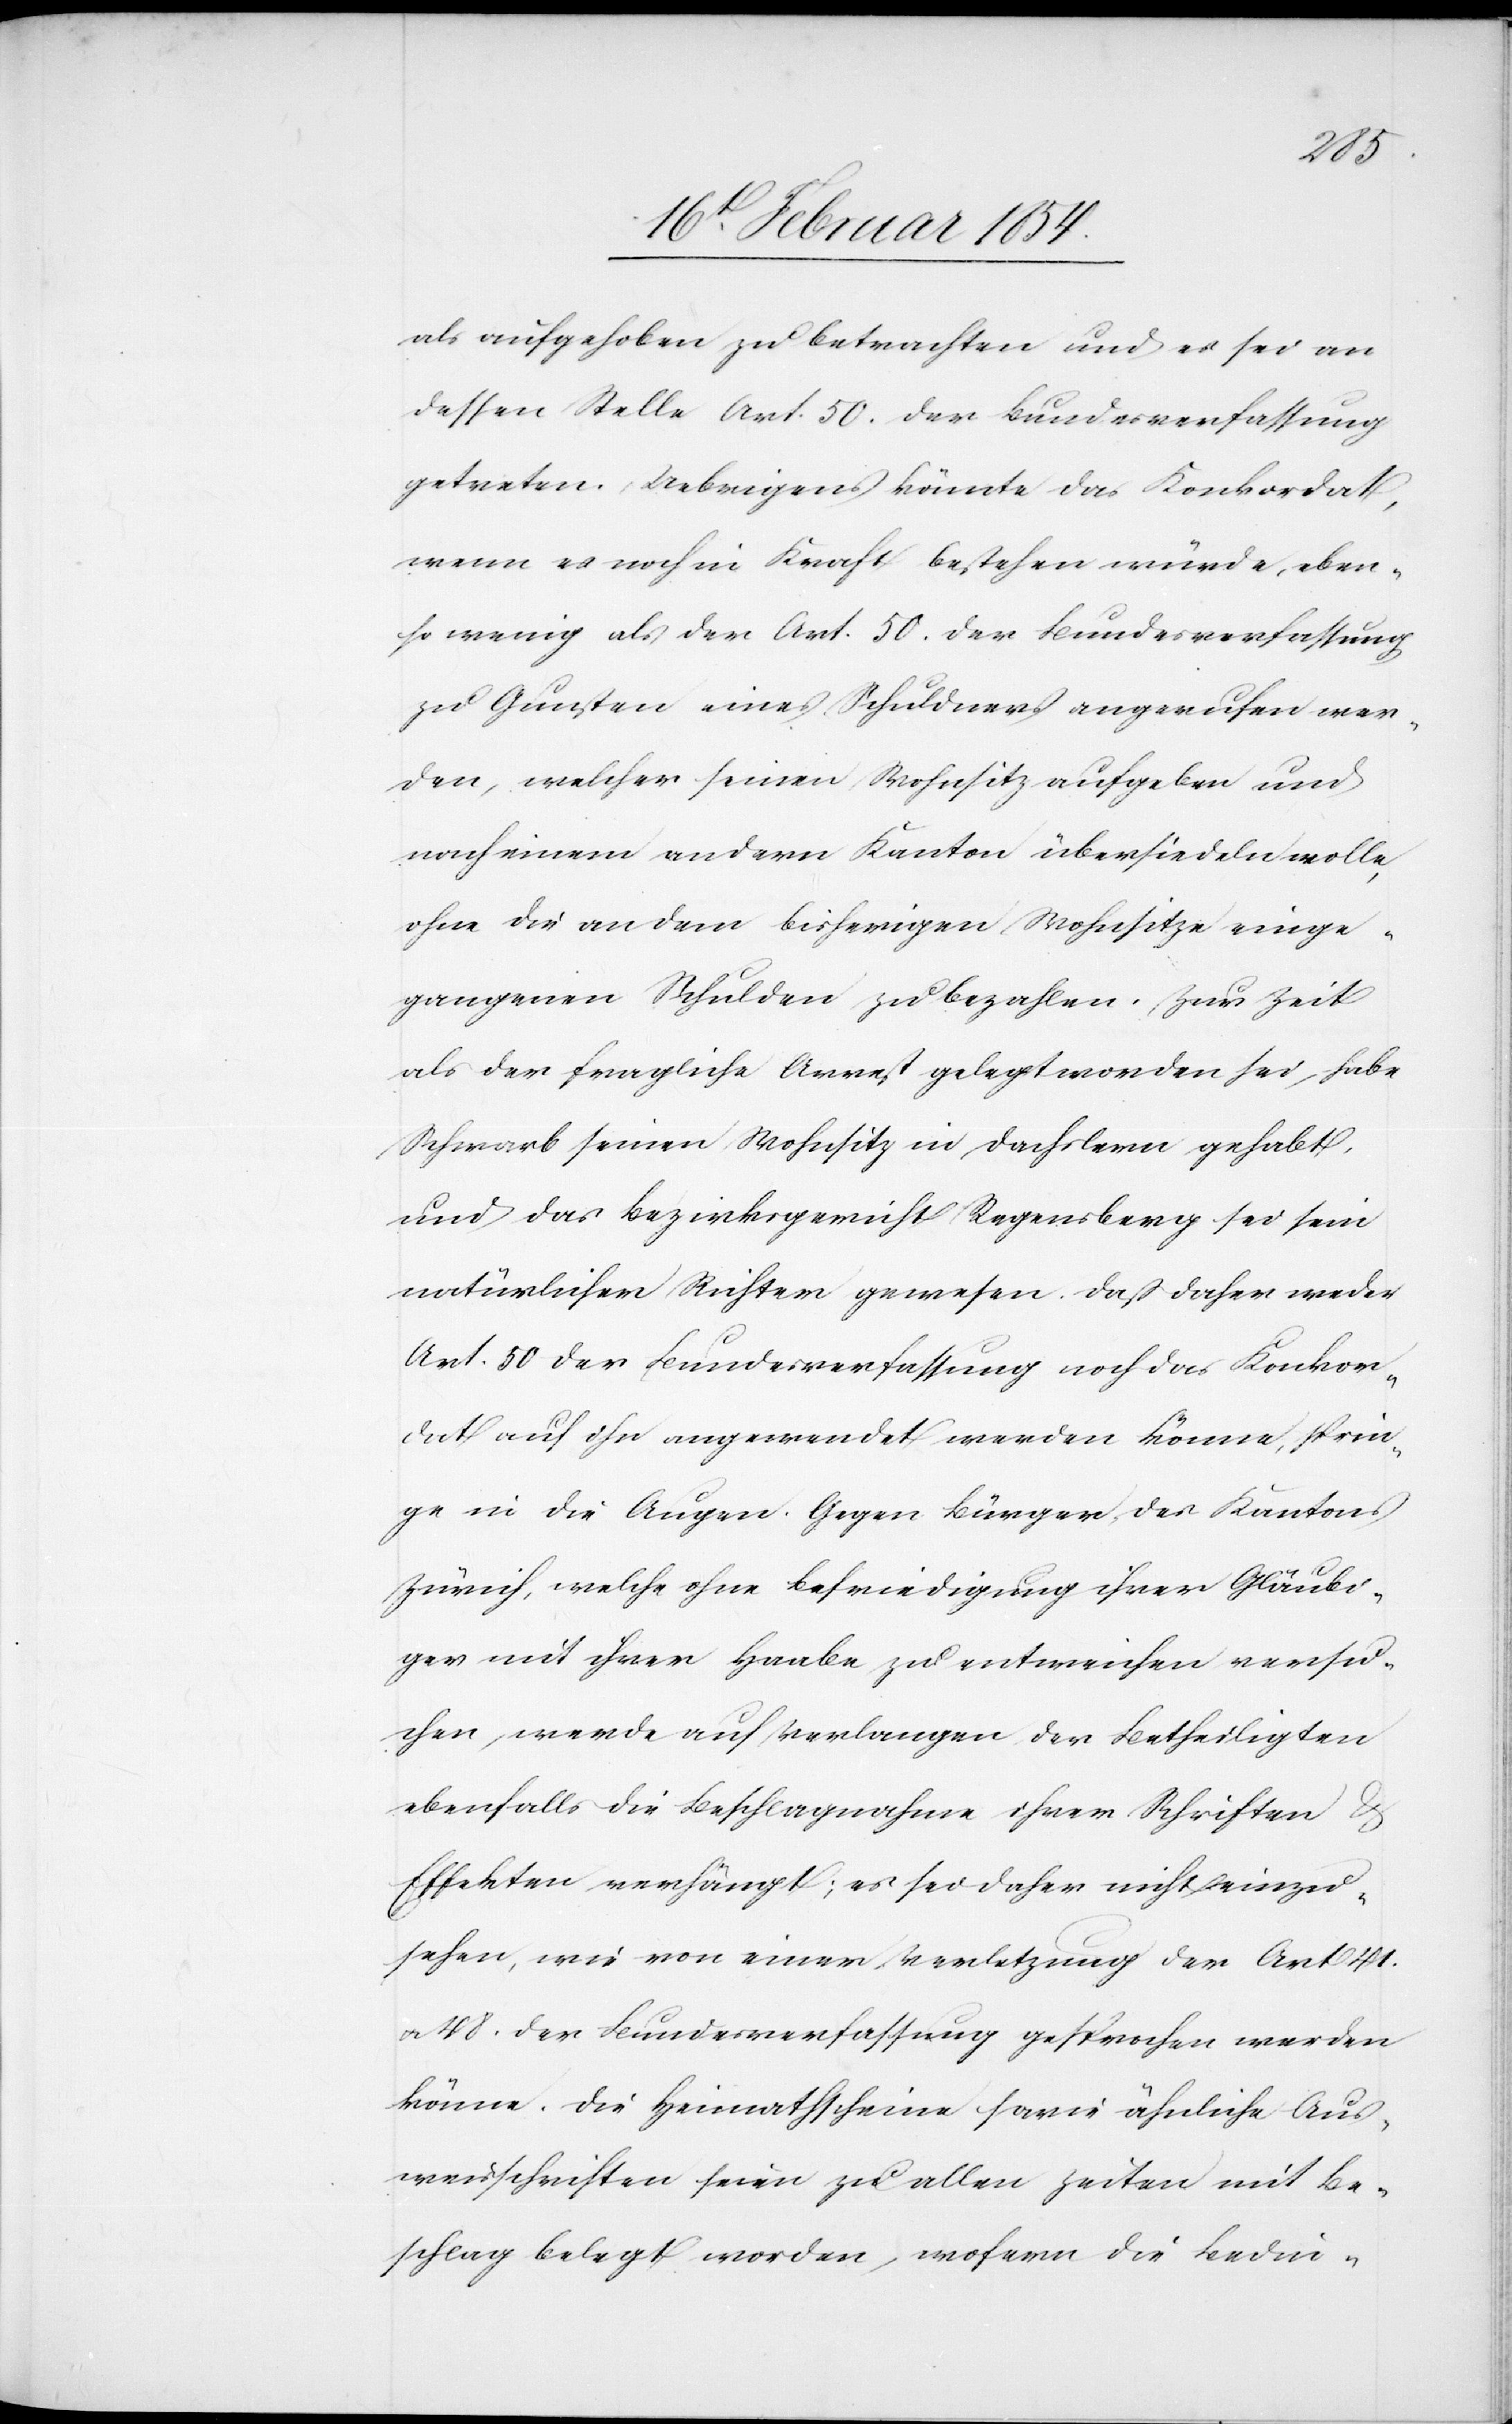
als aufgehoben zu betrachten und es sei an
dessen Stelle Art. 50. der Bundesverfassung
getreten. Uebrigens könnte das Konkordat,
wenn es noch in Kraft bestehen würde, eben¬
so wenig als der Art. 50. der Bundesverfassung
zu Gunsten eines Schuldners angerufen wer¬
den, welcher seinen Wohnsitz aufgeben und
nach einem andern Kanton übersiedeln wolle,
ohne die an dem bisherigen Wohnsitze einge¬
gangenen Schulden zu bezahlen. Zur Zeit
als der fragliche Arrest gelegt worden sei, habe
Schwarb seinen Wohnsitz in Dachslern gehabt,
und das Bezirksgericht Regensberg sei sein
natürlicher Richter gewesen. Daß daher weder
Art. 50. der Bundesverfassung noch das Konkor¬
dat auf ihn angewendet werden könne, sprin¬
ge in die Augen. Gegen Bürger des Kantons
Zürich, welche ohne Befriedigung ihrer Gläubi¬
ger mit ihrer Haabe zu entweichen versu¬
chen, werde auf Verlangen der Betheiligten
ebenfalls die Beschlagnahme ihrer Schriften &
Effekten verhängt; es sei daher nicht einzu¬
sehen, wie von einer Verletzung der Art 41.
u. 48. der Bundesverfassung gesprochen werden
könne. Die Heimathscheine sowie ähnliche Aus¬
weisschriften seien zu allen Zeiten mit Be¬
schlag belegt worden, wofern die Bedin-